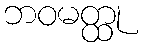
ဘဝမတ္ထု